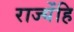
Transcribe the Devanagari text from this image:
राज्येंहि